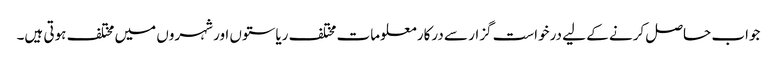
جواب حاصل کرنے کے لیے درخواست گزار سے درکار معلومات مختلف ریاستوں اور شہروں میں مختلف ہوتی ہیں۔